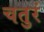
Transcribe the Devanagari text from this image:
चतुरं